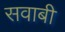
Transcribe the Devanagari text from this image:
सवाबी